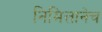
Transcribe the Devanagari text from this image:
निमित्तानेच